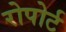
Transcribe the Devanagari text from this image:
रोपोर्ट